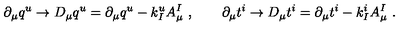
\partial _ { \mu } q ^ { u } \to { D } _ { \mu } q ^ { u } = \partial _ { \mu } q ^ { u } - k _ { I } ^ { u } A _ { \mu } ^ { I } \ , \qquad \partial _ { \mu } t ^ { i } \to { D } _ { \mu } t ^ { i } = \partial _ { \mu } t ^ { i } - k _ { I } ^ { i } A _ { \mu } ^ { I } \ .